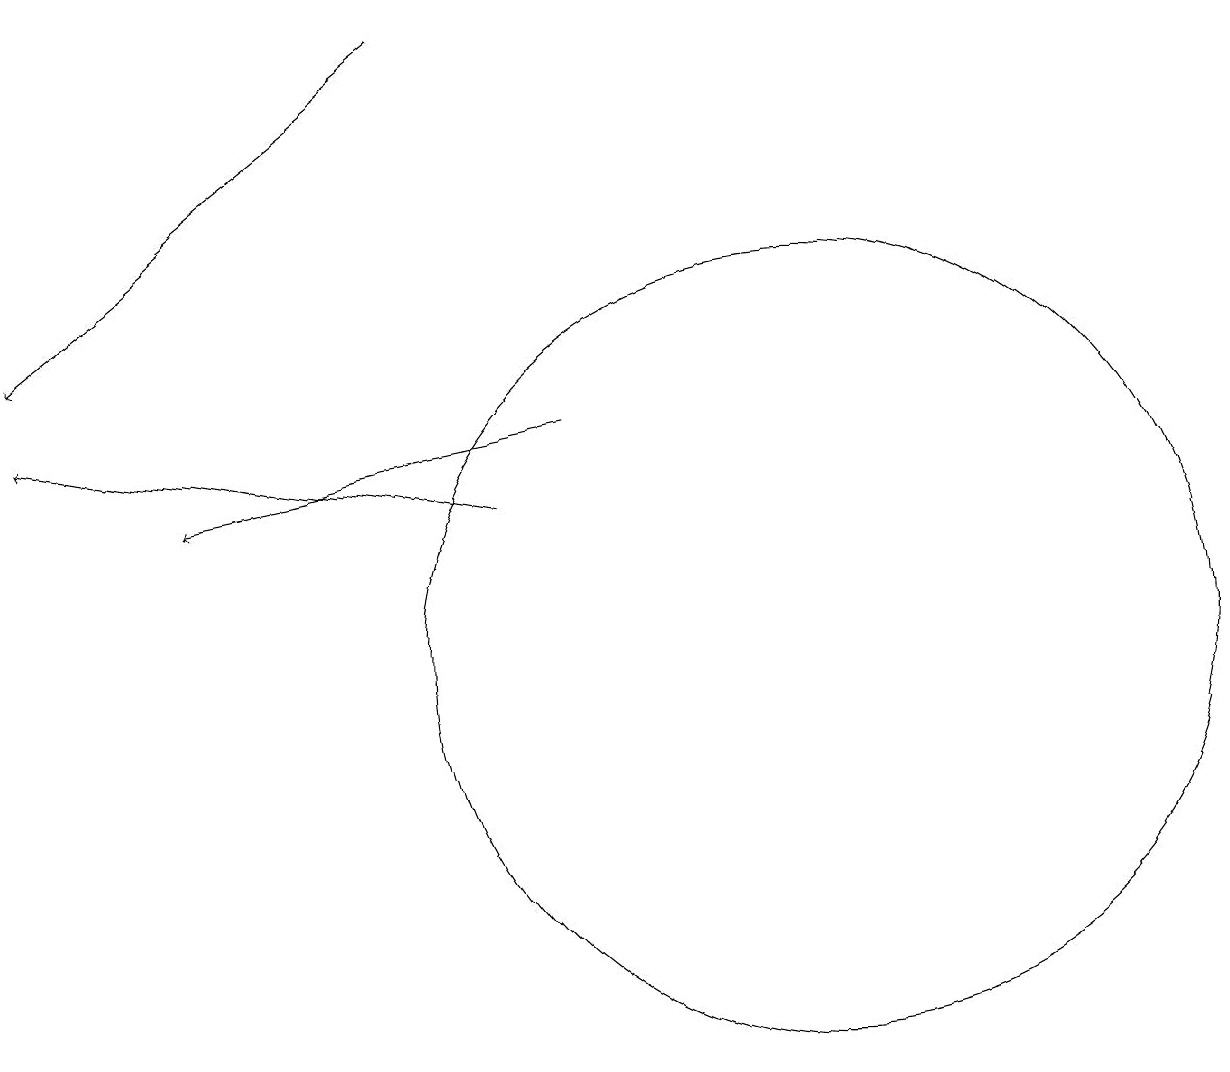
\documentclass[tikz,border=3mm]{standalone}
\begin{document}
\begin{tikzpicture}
\draw (10,11) circle (5);
\draw[->] (5,19) -- (0,15);
\draw[->] (6,13) -- (0,14);
\draw[->] (7,14) -- (2,13);
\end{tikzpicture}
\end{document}